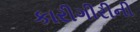
કારીગીરીની